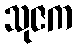
သုဇက